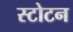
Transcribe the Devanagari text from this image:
स्टोटन